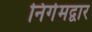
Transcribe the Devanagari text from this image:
निर्गमद्वार